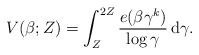
\begin{align*}V(\beta;Z)=\int_Z^{2Z}\frac{e(\beta \gamma^k)}{\log \gamma}\, {\rm d}\gamma .\end{align*}